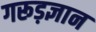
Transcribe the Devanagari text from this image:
गरूड़ज्ञान